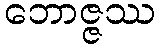
ဘောဇ္ဇဿ